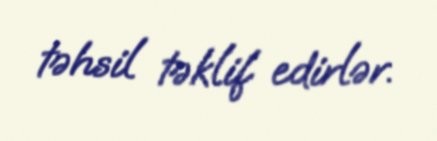
təhsil təklif edirlər.